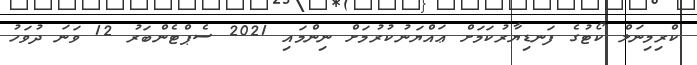
ކްރިމިނަލް ކޯޓުގެ ފަނޑިޔާރުކަމަށް ޢައްޔަނުކުރުމަށް ނިންމައި 2021 ސެޕްޓެންބަރު 12 ވަނަ ދުވަހު